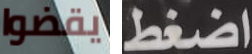
يقضوا اضغط